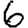
Digit: 6